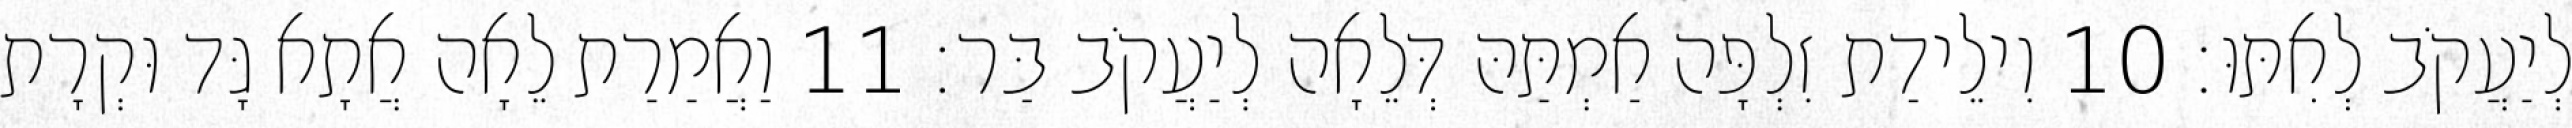
לְיַעֲקֹב לְאִתּוּ׃ 10 וִילֵידַת זִלְפָּה אַמְתַּהּ דְּלֵאָה לְיַעֲקֹב בַּר׃ 11 וַאֲמַרַת לֵאָה אֲתָא גָּד וּקְרָת